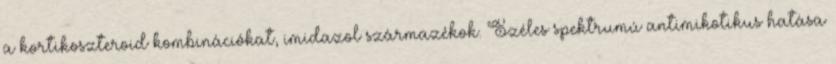
a kortikoszteroid kombinációkat, imidazol származékok. Széles spektrumú antimikotikus hatása